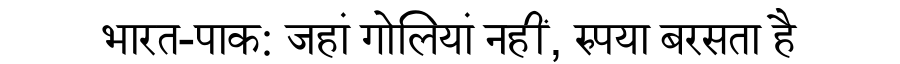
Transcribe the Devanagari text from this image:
भारत-पाक: जहां गोलियां नहीं, रुपया बरसता है